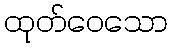
ထုတ်ဝေသော